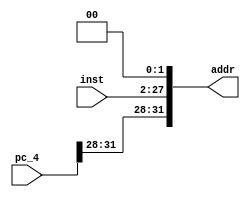
`timescale 1ns / 1ps
//////////////////////////////////////////////////////////////////////////////////
// Company: 
// Engineer: 
// 
// Design Name: 
// Module Name:    jump_addr 
// Project Name: 
// Target Devices: 
// Tool versions: 
// Description: 
//
// Dependencies: 
//
// Revision: 
// Revision 0.01 - File Created
// Additional Comments: 
//
//////////////////////////////////////////////////////////////////////////////////
module jump_addr(
				input [25:0]inst,
				input [31:0]pc_4,
				output [31:0]addr
    );

	wire [27:0]shift_inst;
	assign shift_inst = inst << 2;
	assign addr = {{pc_4[31:28]}, shift_inst};

endmodule